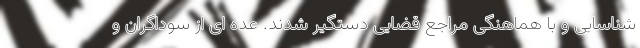
شناسایی و با هماهنگی مراجع قضایی دستگیر شدند. عده ای از سوداگران و